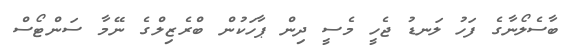
ބާސެލޯނާގެ ފަހު ލަނޑު ޖެހީ މެސީ ދިން ޕާހަކުން ބްރެޒިލްގެ ނޭމާ ސަންޓޯސް